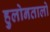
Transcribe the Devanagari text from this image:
हुलोनतालो